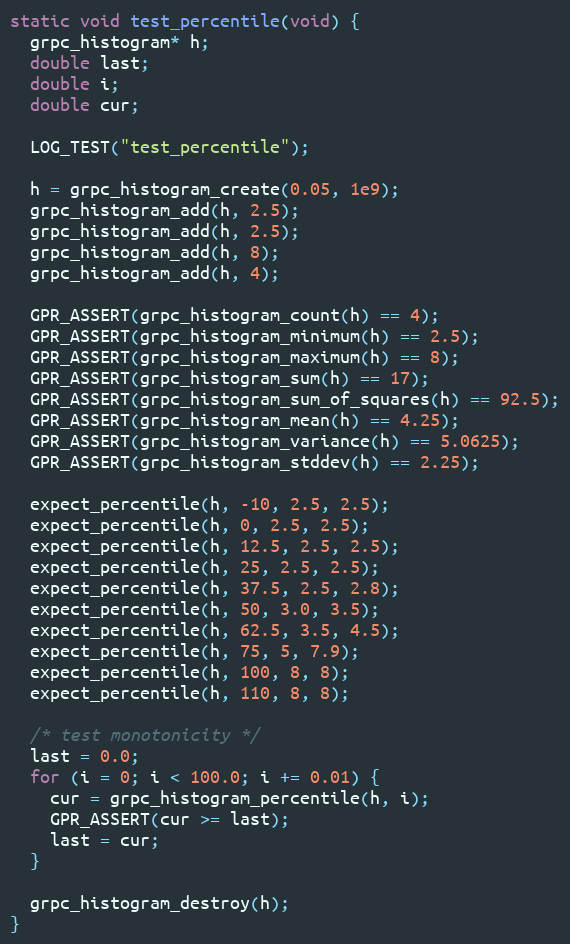
Language: C++
static void test_percentile(void) {
  grpc_histogram* h;
  double last;
  double i;
  double cur;

  LOG_TEST("test_percentile");

  h = grpc_histogram_create(0.05, 1e9);
  grpc_histogram_add(h, 2.5);
  grpc_histogram_add(h, 2.5);
  grpc_histogram_add(h, 8);
  grpc_histogram_add(h, 4);

  GPR_ASSERT(grpc_histogram_count(h) == 4);
  GPR_ASSERT(grpc_histogram_minimum(h) == 2.5);
  GPR_ASSERT(grpc_histogram_maximum(h) == 8);
  GPR_ASSERT(grpc_histogram_sum(h) == 17);
  GPR_ASSERT(grpc_histogram_sum_of_squares(h) == 92.5);
  GPR_ASSERT(grpc_histogram_mean(h) == 4.25);
  GPR_ASSERT(grpc_histogram_variance(h) == 5.0625);
  GPR_ASSERT(grpc_histogram_stddev(h) == 2.25);

  expect_percentile(h, -10, 2.5, 2.5);
  expect_percentile(h, 0, 2.5, 2.5);
  expect_percentile(h, 12.5, 2.5, 2.5);
  expect_percentile(h, 25, 2.5, 2.5);
  expect_percentile(h, 37.5, 2.5, 2.8);
  expect_percentile(h, 50, 3.0, 3.5);
  expect_percentile(h, 62.5, 3.5, 4.5);
  expect_percentile(h, 75, 5, 7.9);
  expect_percentile(h, 100, 8, 8);
  expect_percentile(h, 110, 8, 8);

  /* test monotonicity */
  last = 0.0;
  for (i = 0; i < 100.0; i += 0.01) {
    cur = grpc_histogram_percentile(h, i);
    GPR_ASSERT(cur >= last);
    last = cur;
  }

  grpc_histogram_destroy(h);
}